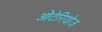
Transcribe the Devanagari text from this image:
ओंटेरियोज